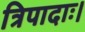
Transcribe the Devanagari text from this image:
त्रिपादाः।